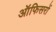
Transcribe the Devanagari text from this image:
ऑफिसरों